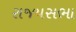
રાજયસભા